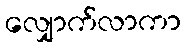
လျှောက်လာကာ